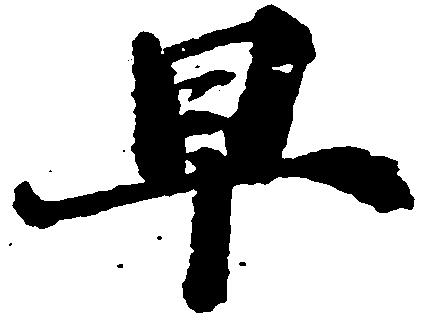
早